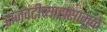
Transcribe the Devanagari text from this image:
राजवटीच्यार्हासामुळे